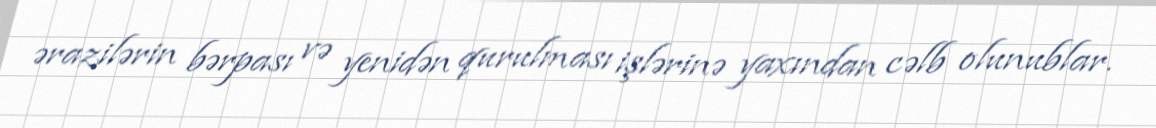
ərazilərin bərpası və yenidən qurulması işlərinə yaxından cəlb olunublar.